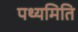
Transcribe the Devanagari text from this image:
पथ्यमिति